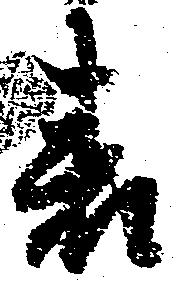
表